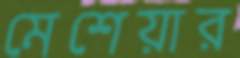
মেশেয়ার